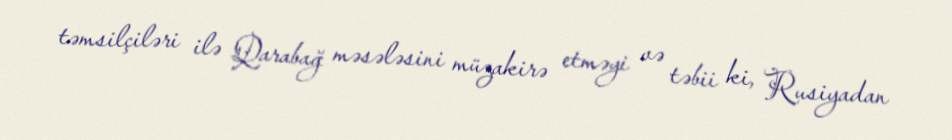
təmsilçiləri ilə Qarabağ məsələsini müzakirə etməyi və təbii ki, Rusiyadan